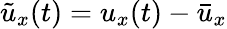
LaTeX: \tilde{u}_{x}(t)=u_{x}(t)-\bar{u}_{x}